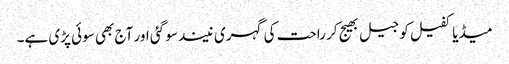
میڈیا کفیل کو جیل بھیج کر راحت کی گہری نیند سو گئی اور آج بھی سوئی پڑی ہے۔